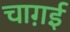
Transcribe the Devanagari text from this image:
चाग़ई